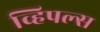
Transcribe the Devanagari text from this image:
व्हिपल्स